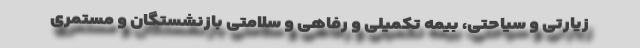
زیارتی و سیاحتی، بیمه تکمیلی و رفاهی و سلامتی بازنشستگان و مستمری